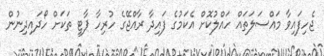
ޖެހިފައިވާ މައްސަލަތައް ހައްލުކޮށް އެކަމުގެ ފައިދާ ރާއްޖޭގެ ހުރިހާ ޕާޓީ ތަކަށް ހޯދައިދިނުން